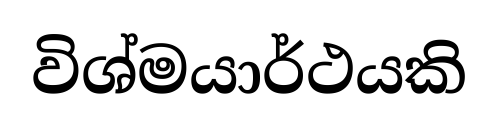
විශ්මයාර්ථයකි